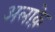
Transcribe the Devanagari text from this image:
अलाक़े